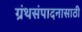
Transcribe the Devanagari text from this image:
ग्रंथसंपादनासाठी